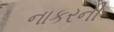
નાકરની